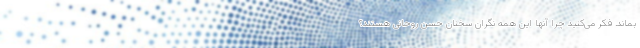
بماند. فکر می‌کنید چرا آنها این همه نگران سخنان حسن روحانی هستند؟